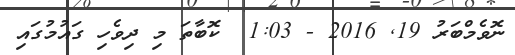
ނޮވެމްބަރު 19